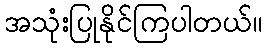
အသုံးပြုနိုင်ကြပါတယ်။